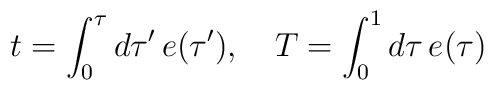
t=\int_0^\tau d\tau'\,e(\tau'),\quad T=\int_0^1 d\tau\,e(\tau)